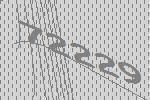
72229